画像に写った文字を読んでください
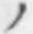
「ノ」と書いてあります